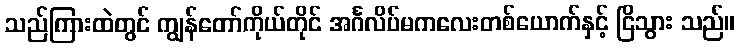
သည်ကြားထဲတွင် ကျွန်တော်ကိုယ်တိုင် အင်္ဂလိပ်မကလေးတစ်ယောက်နှင့် ငြိသွား သည်။